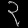
Digit: ၃